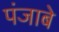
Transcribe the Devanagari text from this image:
पंजाबे